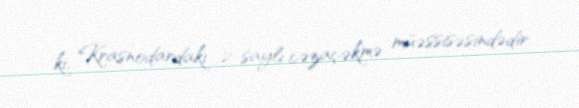
ki, Krasnodardakı 2 saylı cəzaçəkmə müəssisəsindədir.